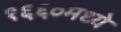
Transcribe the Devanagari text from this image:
१६६०मध्ये